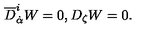
{ \overline { D } } _ { \dot { \alpha } } ^ { i } W = 0 , D _ { \zeta } W = 0 .